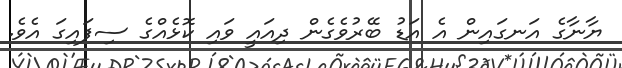
ޔާނާގެ އަނގައިން އެ އަޑު ބޭރުވެގެން ދިއައީ ވައި ކޮޅެއްގެ ސިފައިގަ އެވެ.